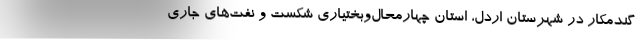
گندمكار در شهرستان اردل، استان چهارمحال‌وبختياري شكست و نفت‌هاي جاري